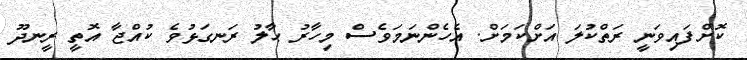
ކޮށްފައިވަނީ ރަތްކުލަ އަށްކަމަށް. އެހެންނަމަވެސް މިހާރު ޙާލު ރަނގަޅުވެ ކުއްޖާ އޮތީ ރީނދޫ